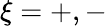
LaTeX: \xi=+,-